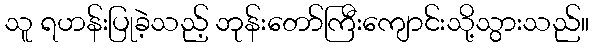
သူ ရဟန်းပြုခဲ့သည့် ဘုန်းတော်ကြီးကျောင်းသို့သွားသည်။